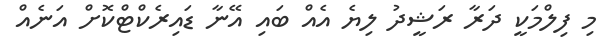
މި ފިލްމަކީ ދަރާ ރަޝީދު ލިޔެ އެއް ބައި އޭނާ ޑައިރެކްޓްކޮށް އަނެއް